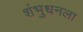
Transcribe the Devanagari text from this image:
शंभुधनला